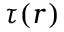
\tau ( r )